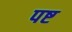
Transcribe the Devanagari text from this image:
पष्ट